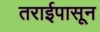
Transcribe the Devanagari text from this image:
तराईपासून